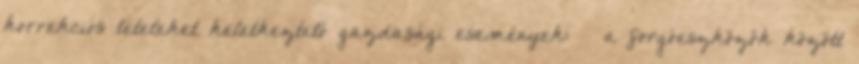
korrekciós tételeket keletkeztető gazdasági események: – a forgóeszközök között